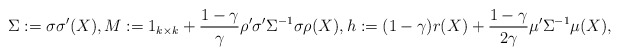
\begin{align*} &\Sigma := \sigma \sigma'(X), M := 1_{k\times k}+ \frac{1-\gamma}{\gamma} \rho' \sigma' \Sigma^{-1} \sigma \rho(X), h:= (1-\gamma) r(X) + \frac{1-\gamma}{2\gamma} \mu' \Sigma^{-1} \mu(X),\end{align*}